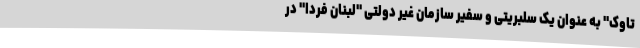
تاوک" به عنوان یک سلبریتی و سفیر سازمان غیر دولتی "لبنان فردا" در